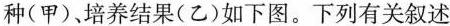
种(甲)。培养结果(乙)如下图。下列有关叙述